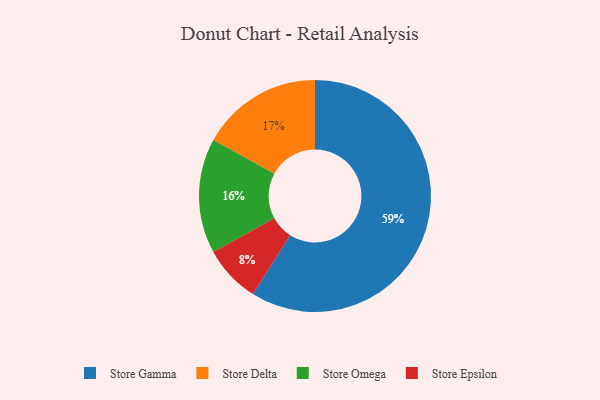
{"axis": {"x": "Category", "y": "Percentage"}, "legend": ["Store Delta", "Store Epsilon", "Store Gamma", "Store Omega"], "data": [{"x": "Store Gamma", "y": 59, "type": "Store Gamma"}, {"x": "Store Delta", "y": 17, "type": "Store Delta"}, {"x": "Store Omega", "y": 16, "type": "Store Omega"}, {"x": "Store Epsilon", "y": 8, "type": "Store Epsilon"}]}